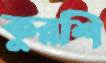
কুরশি